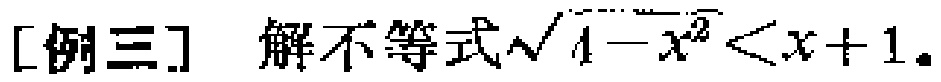
[例三] 解不等式\(\sqrt{1 - x^{2}} < x + 1\)。